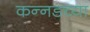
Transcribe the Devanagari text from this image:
कन्‍नडच्या